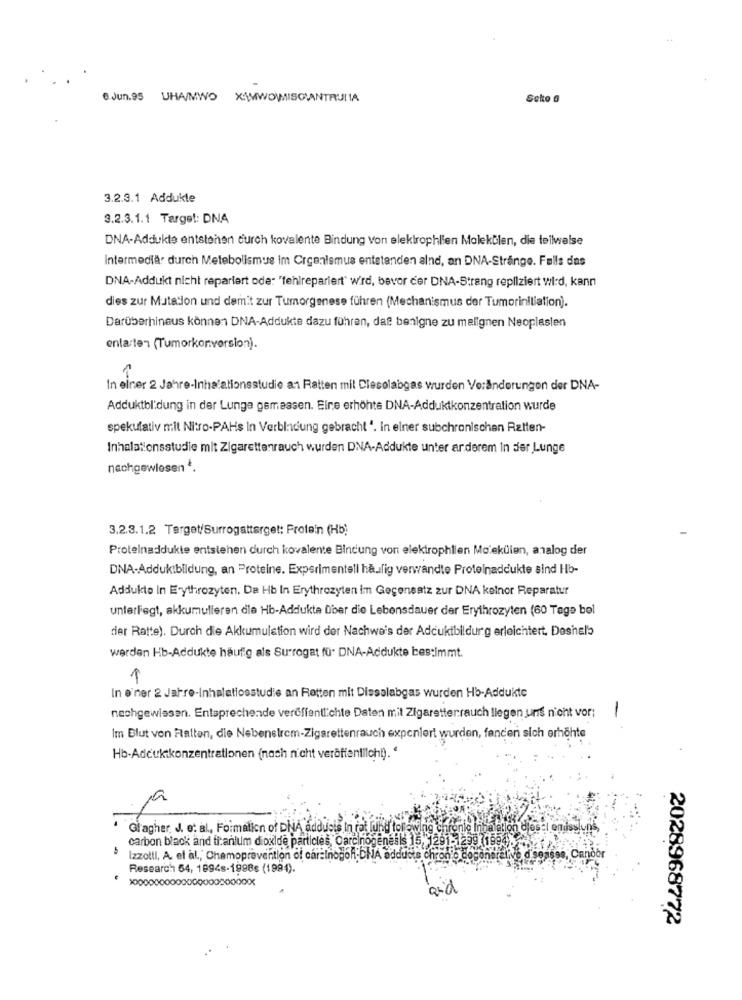
@ Jun.95 UHA/MWO X\WWOMMISCIANTRULIA
Seko 6
3.2.3.1 Addukte
3.2.3.1.1 Target: DNA
DNA-Addukte entstehen durch kovalente Bindung von elektrophlien Molekülen, die teilweise
Intermediär durch Metabolismus im Crcenismus entstanden alnd, an DNA-Stränge. Falls das
DNA-Addukt nicht repariert ode: "fehlrepariert" wird, bevor der DNA-Strang repliziert wird, kann
dies zur Mutation und damit zur Tumorgenese führen (Mechanismus der Tumorinitiation).
Darüberhinaus können DNA-Addukte dazu führen, daß benigne zu melignen Neoplaslen
entarten (Tumorkonversion).
1
In einer 2 Jahre-Inhalationsstudie a1 Ratten mil Dlesolabgas wurden Veränderungen der DNA-
Adduktbl'dung in der Lunga gemessen. Eine erhöhte DNA-Adduktkonzentration wurde
spekulativ mit Nitro-PAHs In Verbindung gebracht ". In einer subchronischen Ratten-
Inhalationsstudie mit Zigarettenrauch wurden DNA-Addukte unter anderem In der Lunge
nachgewiesen *.
3.2.3.1.2 Target/Surrogattarget: Protein (Hb)
Protelnaddukle entstehen durch kovalente Bindung von elektrophlien Molekülen, analog der
DNA-Adduk:bildung, an Proteine. Experimentell häufig verwandte Proteinaddukte sind Hb-
Addukte In Erythrozyten. Da Hb In Erythrozyten im Gegensatz zur DNA kelnor Reparatur
unterliegt, akkumulleren dle Hb-Addukta über die Lebensdauer der Erythrozyten (60 Tage bel
der Ratte). Durch die Akkumulation wird dor Nachwe's der Adcukibildurg erleichtert. Deshalb
werden Hb-Addukte häufig als Surrogat fü- DNA-Addukte bes:Immt.
1
In e'ner 2 Jahre-Inhalatiosstudie an Retten mit Disselabgas wurden Hb-Addukte
-
nechgewissen. Entsprechende veröffentlichte Daten mit Zigaretterrauch liegen uns n'ont vor:
Im Blut von Falten, die Nebenelrem-Zigarettenrauch expenlert wurden, fanden sich erhöhte
Hb-Adcukikonzentrationen (nach nicht veröffentlicht). '
Gi agher. J. et al ., Formation of DNA addusis In rat lund torewang chronle line
carbon black and titanium dioxide particles, Carcinogenesis 15, 1291-1299 71994
Izzotti, A. et al ., Chemoprevention of car=Inogon-DNA adducte chroni
, Candor
Research 54, 1994s-1998s (1994).
and
2028968772